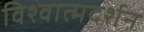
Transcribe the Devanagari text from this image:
विश्वात्मदर्शन